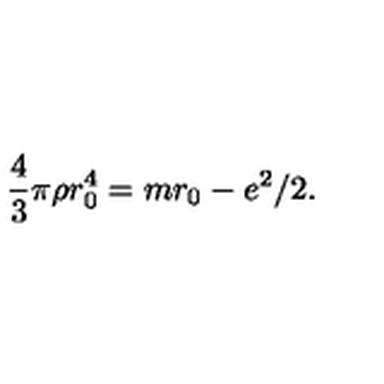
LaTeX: \frac 4 3 \pi \rho r _ { 0 } ^ { 4 } = m r _ { 0 } - e ^ { 2 } / 2 .